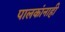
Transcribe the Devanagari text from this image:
पालकांनाही